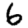
Digit: 6